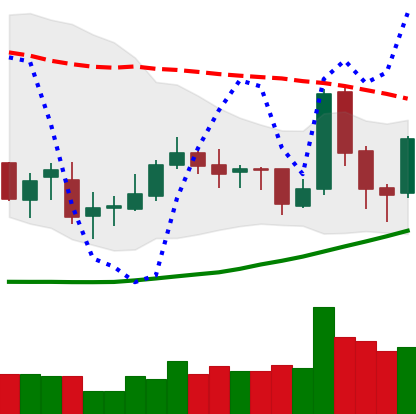
Ticker: TRX-USD
Chart end date: 2019-03-27
Forward return: 3.035%
Label: up_3_5